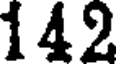
142